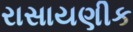
રાસાયણીક